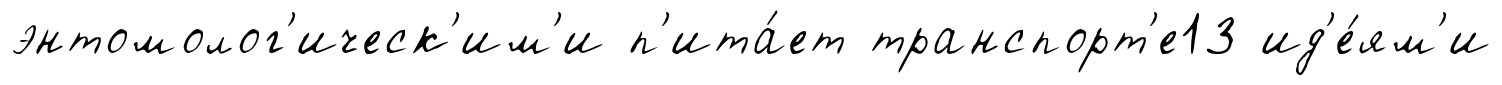
энтомолог'ическ'им'и п'ита́ет транспорт'е13 ид'е́ям'и